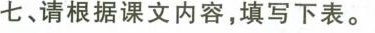
七、请根据课文内容，填写下表。